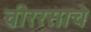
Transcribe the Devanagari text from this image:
वीररसाचे